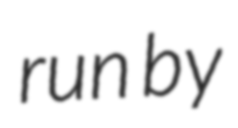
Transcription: run by